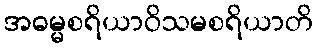
အဓမ္မစရိယာဝိသမစရိယာတိ